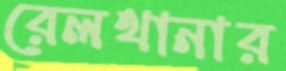
রেলথানার